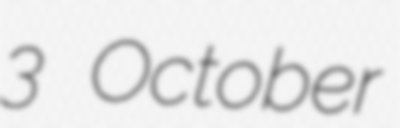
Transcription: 3 October